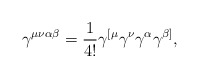
\begin{align*}\gamma^{\mu\nu\alpha\beta}=\frac{1}{4!}\gamma^{[\mu}\gamma^{\nu}\gamma^{\alpha}\gamma^{\beta]},\end{align*}